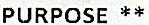
PURPOSE **